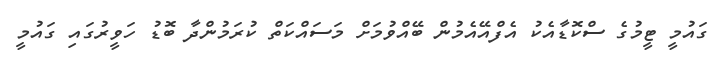
ގައުމީ ޓީމުގެ ސްކޮޑާއެކު އެފްއޭއެމުން ބޭއްވުމަށް މަސައްކަތް ކުރަމުންދާ ބޮޑު ހަވީރުގައި ގައުމީ